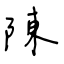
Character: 陳